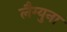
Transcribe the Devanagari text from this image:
लैग्युना